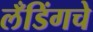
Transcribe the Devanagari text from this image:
लँडिंगचे